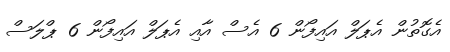
އެގޮތުން އެޕަލް އައިފޯން 6 އެސް އާއި އެޕަލް އައިފޯން 6 ޕްލަސް